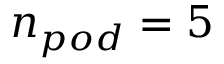
n _ { p o d } = 5